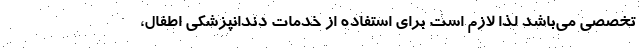
تخصصی می‌باشد لذا لازم است برای استفاده از خدمات دندانپزشکی اطفال،